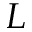
L